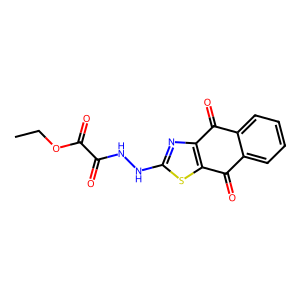
SMILES: CCOC(=O)C(=O)NNc1nc2c(s1)C(=O)c1ccccc1C2=O
Inhibits HIV replication: No